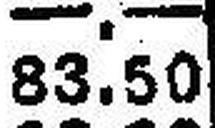
83.50